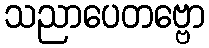
သညာပေတဗ္ဗော